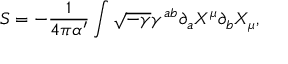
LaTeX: S = - \frac { 1 } { 4 \pi \alpha ^ { \prime } } \int \sqrt { - \gamma } \gamma ^ { a b } \partial _ { a } X ^ { \mu } \partial _ { b } X _ { \mu } ,